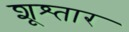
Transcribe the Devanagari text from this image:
शूश्तार